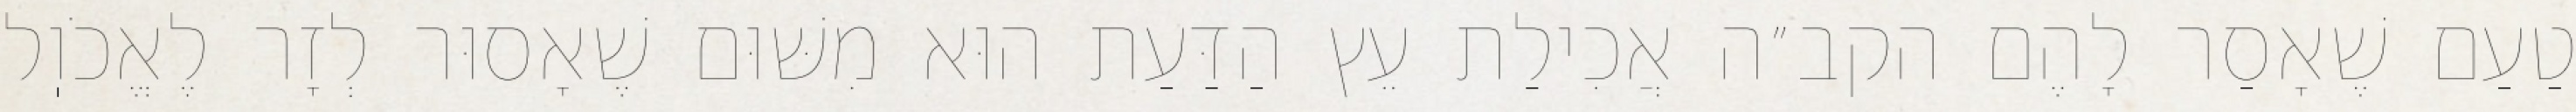
טַעַם שֶׁאָסַר לָהֶם הקב״ה אֲכִילַת עֵץ הַדַּעַת הוּא מִשּׁוּם שֶׁאָסוּר לְזָר לֶאֱכֹוֽל